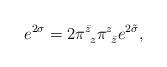
LaTeX: \begin{align*}e^{2\sigma} = 2 \pi^{\bar z}_{~z} \pi^{z}_{~\bar z} e^{2\tilde\sigma},\end{align*}